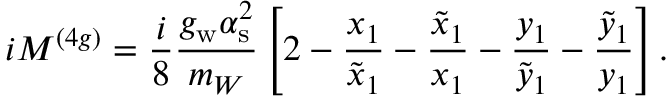
i { \cal M } ^ { ( 4 g ) } = \frac { i } { 8 } \frac { g _ { \mathrm { w } } \alpha _ { \mathrm { s } } ^ { 2 } } { m _ { W } } \left[ 2 - \frac { x _ { 1 } } { \tilde { x } _ { 1 } } - \frac { \tilde { x } _ { 1 } } { x _ { 1 } } - \frac { y _ { 1 } } { \tilde { y } _ { 1 } } - \frac { \tilde { y } _ { 1 } } { y _ { 1 } } \right] .